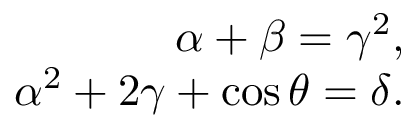
\begin{array} { r } { \alpha + \beta = \gamma ^ { 2 } , } \\ { \alpha ^ { 2 } + 2 \gamma + \cos \theta = \delta . } \end{array}